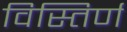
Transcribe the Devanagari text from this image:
विस्तिर्ण